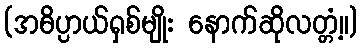
(အဓိပ္ပာယ်ရှစ်မျိုး နောက်ဆိုလတ္တံ့။)